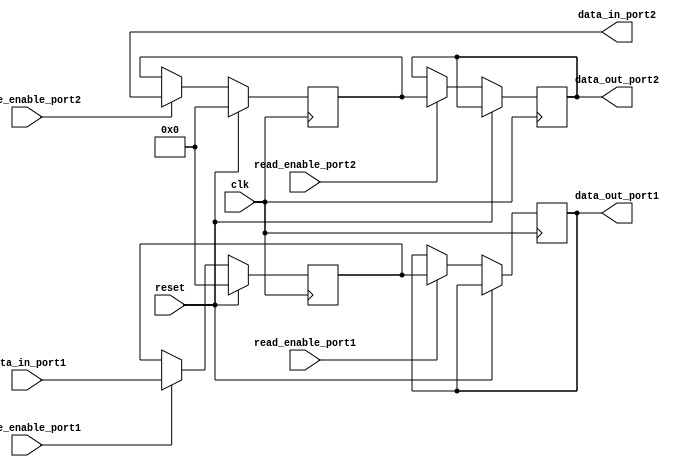
module dual_port_register (
    input wire clk,
    input wire reset,
    input wire [7:0] data_in_port1,
    input wire write_enable_port1,
    output reg [7:0] data_out_port1,
    input wire read_enable_port1,
    output reg [7:0] data_in_port2,
    input wire write_enable_port2,
    output reg [7:0] data_out_port2,
    input wire read_enable_port2
);

// Storage elements for port 1
reg [7:0] storage_port1;
reg [7:0] next_data_port1;

// Storage elements for port 2
reg [7:0] storage_port2;
reg [7:0] next_data_port2;

always @(posedge clk) begin
    if (reset) begin
        storage_port1 <= 8'h00;
        storage_port2 <= 8'h00;
    end else begin
        // Write operations for port 1
        if (write_enable_port1) begin
            storage_port1 <= data_in_port1;
        end
        
        // Write operations for port 2
        if (write_enable_port2) begin
            storage_port2 <= data_in_port2;
        end
        
        // Read operations for port 1
        if (read_enable_port1) begin
            data_out_port1 <= storage_port1;
        end
        
        // Read operations for port 2
        if (read_enable_port2) begin
            data_out_port2 <= storage_port2;
        end
    end
end

endmodule